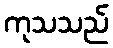
ကုသသည်